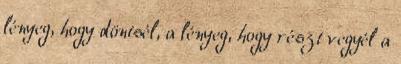
lényeg, hogy döntsél, a lényeg, hogy részt vegyél a